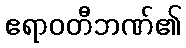
ဧရာဝတီဘဏ်၏